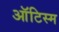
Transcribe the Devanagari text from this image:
ऑटिस्म